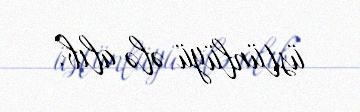
üstünlüyü ələ alıb.